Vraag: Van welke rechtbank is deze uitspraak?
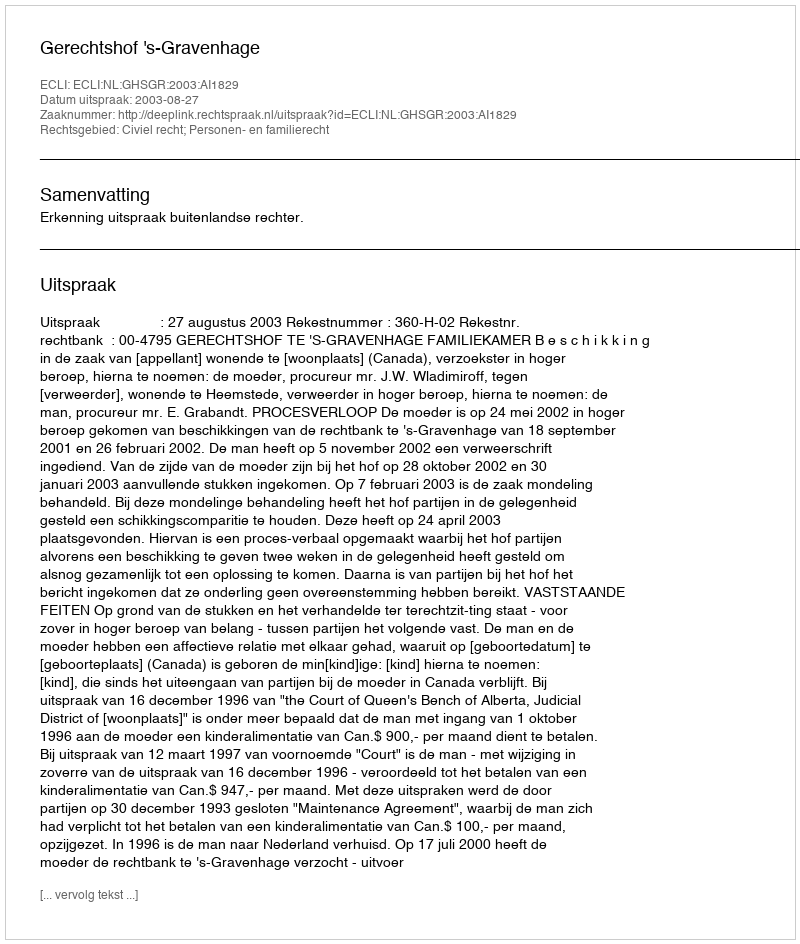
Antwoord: Gerechtshof 's-Gravenhage